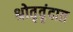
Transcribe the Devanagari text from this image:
श्रोतृवृंदात